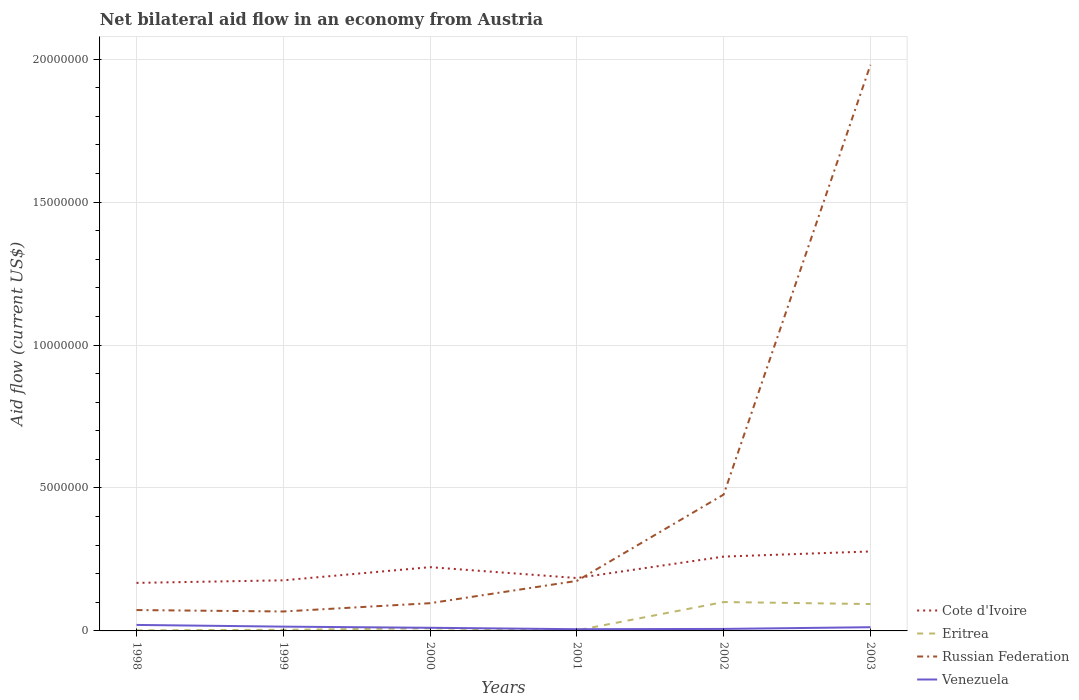
| Years | Cote d'Ivoire | Eritrea | Russian Federation | Venezuela |
 | --- | --- | --- | --- | --- |
 | 1998 | 1.68e+06 | 2e+04 | 7.3e+05 | 2.1e+05 |
 | 1999 | 1.77e+06 | 4e+04 | 6.8e+05 | 1.5e+05 |
 | 2000 | 2.23e+06 | 9e+04 | 9.7e+05 | 1.1e+05 |
 | 2001 | 1.85e+06 | 2e+04 | 1.75e+06 | 6e+04 |
 | 2002 | 2.6e+06 | 1.01e+06 | 4.77e+06 | 7e+04 |
 | 2003 | 2.78e+06 | 9.4e+05 | 1.98e+07 | 1.3e+05 |